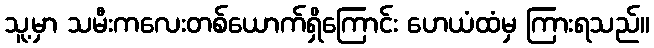
သူ့မှာ သမီးကလေးတစ်ယောက်ရှိကြောင်း ဟေယံထံမှ ကြားရသည်။